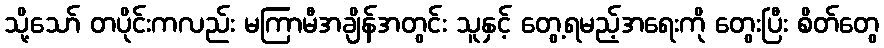
သို့သော် တပိုင်းကလည်း မကြာမီအချိန်အတွင်း သူနှင့် တွေ့ရမည့်အရေးကို တွေးပြီး စိတ်တွေ